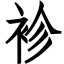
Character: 袗